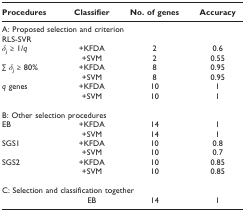
| Procedures | Classifier | No. of genes | Accuracy |
 | --- | --- | --- | --- |
 | <COLSPAN=4> A: Proposed selection and criterion |
 | RLS-SVR |  |  |  |
 | δj ≥ 1/q | +KFDA | 2 | 0.6 |
 |  | +SVM | 2 | 0.55 |
 | ∑ δj ≥ 80% | +KFDA | 8 | 0.95 |
 |  | +SVM | 8 | 0.95 |
 | q genes | +KFDA | 10 | 1 |
 |  | +SVM | 10 | 1 |
 | <COLSPAN=4> B: Other selection procedures |
 | EB | +KFDA | 14 | 1 |
 |  | +SVM | 14 | 1 |
 | SGS1 | +KFDA | 10 | 0.8 |
 |  | +SVM | 10 | 0.7 |
 | SGS2 | +KFDA | 10 | 0.85 |
 |  | +SVM | 10 | 0.85 |
 | <COLSPAN=4> C: Selection and classification together |
 |  | EB | 14 | 1 |